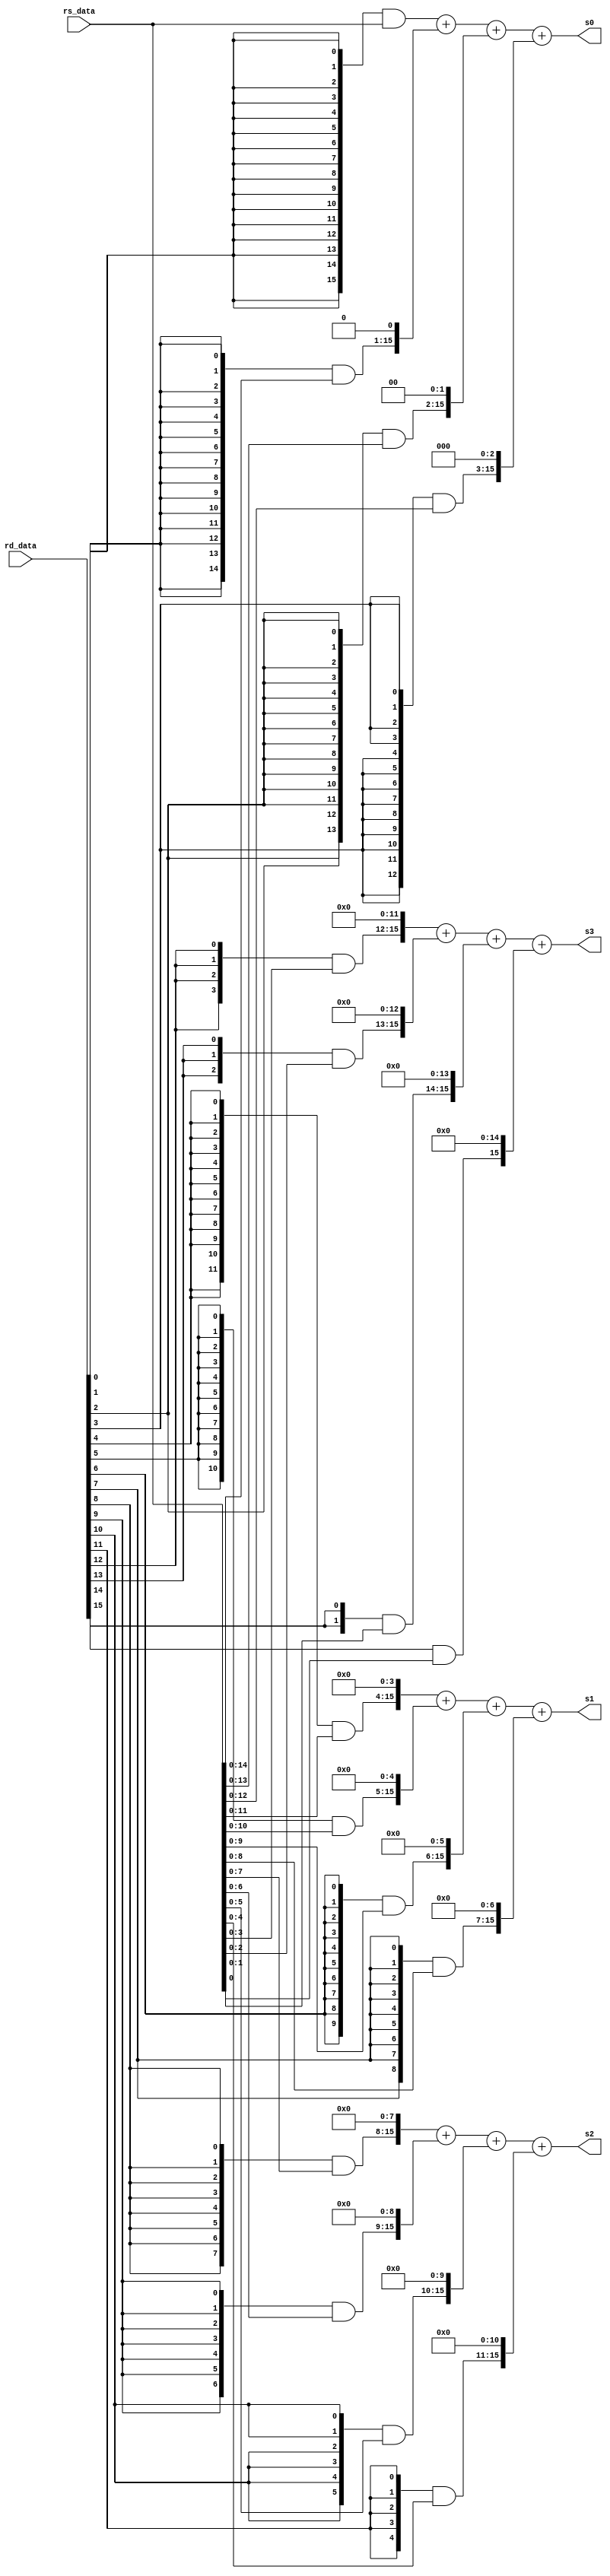
module mult_p1
(
  input [15:0] rs_data,
  input [15:0] rd_data,
  output [15:0] s0,
  output [15:0] s1,
  output [15:0] s2,
  output [15:0] s3
);

  assign s0 = ({16{rd_data[0]}} & {rs_data[15:0]}) +
				({{{15{rd_data[1]}} & rs_data[14:0]}, 1'b0}) +
				({{{14{rd_data[2]}} & rs_data[13:0]}, 2'b00}) +
				({{{13{rd_data[3]}} & rs_data[12:0]}, 3'b000});
  assign s1 = ({{{12{rd_data[4]}} & rs_data[11:0]}, 4'h0}) +
				({{{11{rd_data[5]}} & rs_data[10:0]}, 5'b00000}) +
				({{{10{rd_data[6]}} & rs_data[9:0]}, 6'b000000}) +
				({{{9{rd_data[7]}} & rs_data[8:0]}, 7'b0000000});
  assign s2 = ({{{8{rd_data[8]}} & rs_data[7:0]}, 8'h00}) +
				({{{7{rd_data[9]}} & rs_data[6:0]}, 9'b000000000}) +
				({{{6{rd_data[10]}} & rs_data[5:0]}, 10'b0000000000}) +
				({{{5{rd_data[11]}} & rs_data[4:0]}, 11'b00000000000});
  assign s3 = ({{{4{rd_data[12]}} & rs_data[3:0]}, 12'h000}) +
				({{{3{rd_data[13]}} & rs_data[2:0]}, 13'b0000000000000}) +
				({{{2{rd_data[14]}} & rs_data[1:0]}, 14'b00000000000000}) +
				({{rd_data[015] & rs_data[0]}, 15'b000000000000000});

endmodule